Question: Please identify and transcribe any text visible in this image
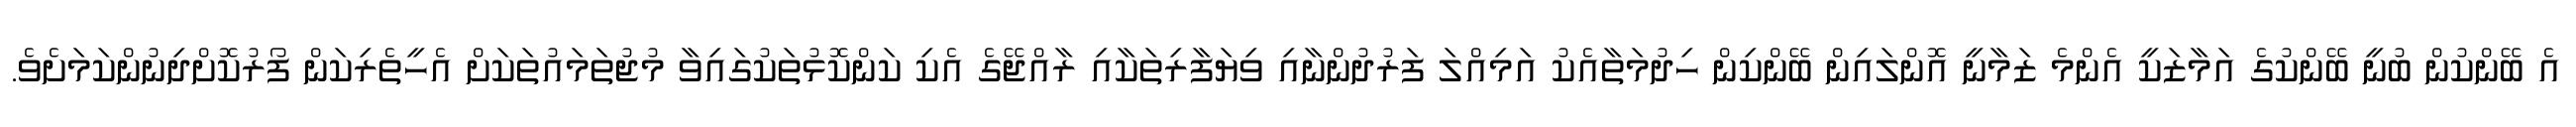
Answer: އެ ބޭންކުން ބުނީ ބޭންކުގެ އަމާޒަކީ އެންމެ ޒަމާނީ އޮންލައިން ބޭންކިން ހިދުމަތާއެކު އަމިއްލަ ފަރުދުންނާއި ވިޔަފާރިތަކާއި ރާއްޖޭގެ އެކި ކަންކޮޅުތަކުގައިވާ މުޖުތަމައުތަކަށް އެހީތެރިކަން ފޯރުކޮށްދިނުންކަމަށެވެ.